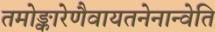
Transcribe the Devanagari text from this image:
तमोङ्कारेणैवायतनेनान्वेति